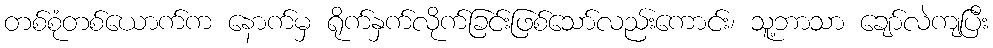
တစ်စုံတစ်ယောက်က နောက်မှ ရိုက်နှက်လိုက်ခြင်းဖြစ်သော်လည်းကောင်း၊ သူ့ဘာသာ ချော်လဲကျပြီး